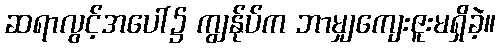
ဆရာလွင့်အပေါ်၌ ကျွန်ုပ်က ဘာမျှကျေးဇူးမရှိခဲ့။